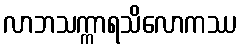
လာဘသက္ကာရသိလောကဿ